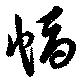
幅